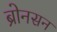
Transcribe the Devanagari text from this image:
ब्रोनसन